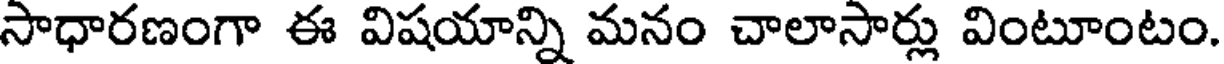
సాధారణంగా ఈ విషయాన్ని మనం చాలాసార్లు వింటూంటం.